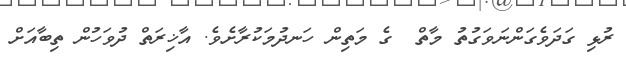
ރުޅި ގަދަވެގަންނަވަގުތު މާތް  ގެ މަތިން ހަނދުމަކުރާށެވެ. އާޚިރަތް ދުވަހުން ތިބާއަށް